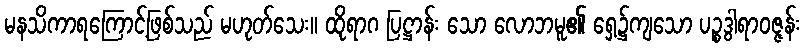
မနသိကာရကြောင့်ဖြစ်သည် မဟုတ်သေး။ ထိုရာဂ ပြဋ္ဌာန်း သော လောဘမူ၏ ရှေ့၌ကျသော ပဉ္စဒွါရာဝဇ္ဇန်း